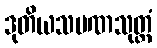
ဒုတိယသမဏသုတ္တံ